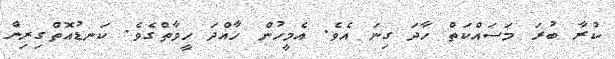
ކުރާ ބުރަ މަސައްކަތް ހާދަ ގިނަ އެވެ. އެމީހުން ހާއްދަ ހީވާތްގެވެ. ކަނޑުއޮތްގިރިން